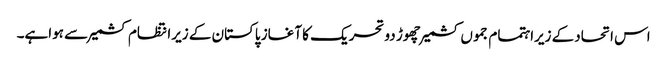
اس اتحادکے زیراہتمام جموں کشمیرچھوڑ دو تحریک کا آغاز پاکستان کے زیرانتظام کشمیر سے ہواہے۔